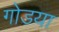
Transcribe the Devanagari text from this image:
गोडया